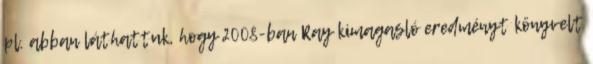
pl. abban láthattuk, hogy 2008-ban Ray kimagasló eredményt könyvelt